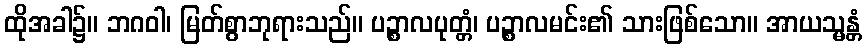
ထိုအခါ၌။ ဘဂဝါ၊ မြတ်စွာဘုရားသည်။ ပဉ္စာလပုတ္တံ၊ ပဉ္စာလမင်း၏ သားဖြစ်သော။ အာယသ္မန္တံ